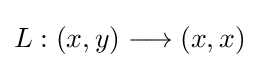
L:(x,y)\longrightarrow (x,x)